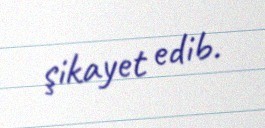
şikayet edib.